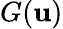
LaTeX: G(\mathbf{u})